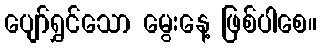
ပျော်ရွှင်သော မွေးနေ့ ဖြစ်ပါစေ။